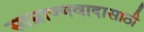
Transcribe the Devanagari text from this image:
साम्राज्यवादासाठी